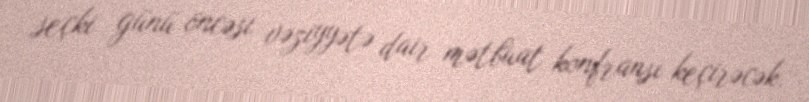
seçki günü öncəsi vəziyyətə dair mətbuat konfransı keçirəcək.